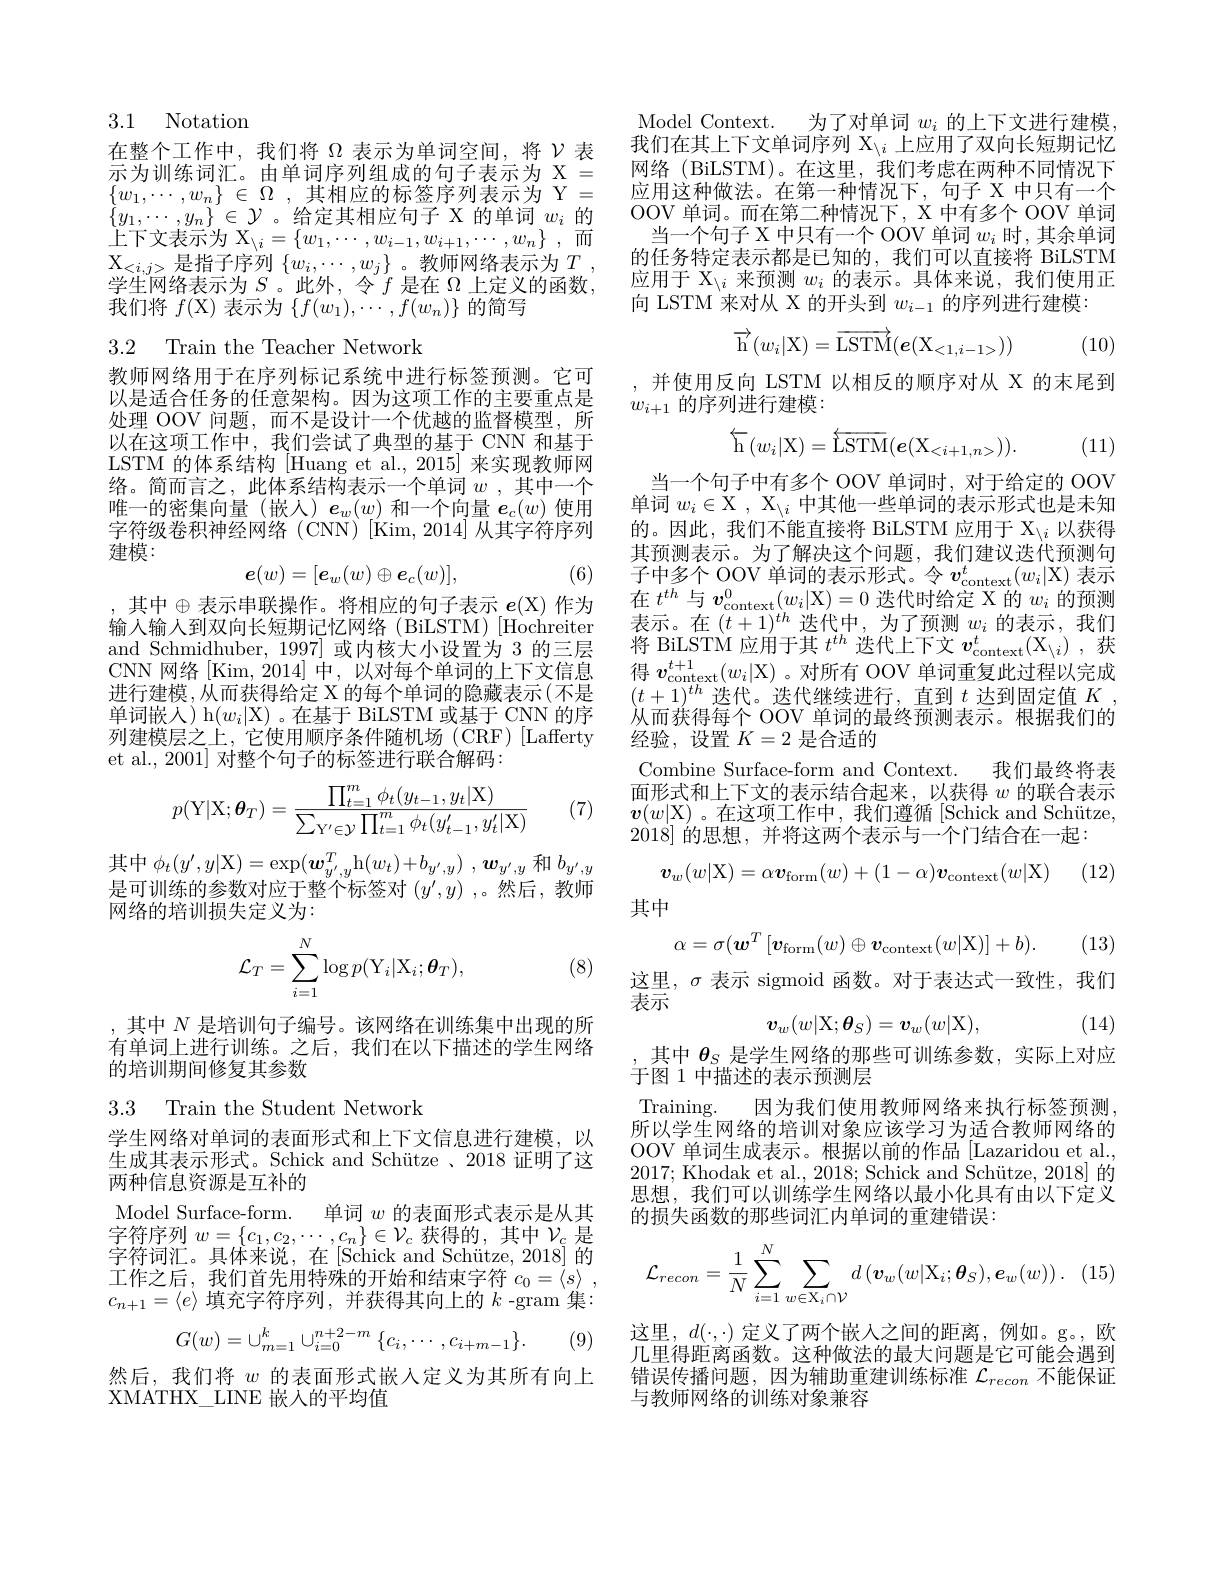
## 3.1 Notation

在整个工作中，我们将$\Omega$表示为单词空间，将$\mathcal{V}$表示为训练词汇。由单词序列组成的句子表示为 X = $\{ w_{1}, \cdots , w_{n}\}$ $\in$ $\Omega$ , 其相应的标签序列表示为 Y= $\{y_1,\cdots,y_n\}\in\mathcal{Y}$。给定其相应句子 X 的单词$w_i$的$\operatorname { \text{上 下 文 表 示 为 X}} _{\setminus i}= \{ w_{1}, \cdots , w_{i- 1}, w_{i+ 1}, \cdots , w_{n}\}$ ,而$\mathcal{X}_{<i,j>}$是指子序列$\{w_i,\cdots,w_j\}$ 。教师网络表示为$T$ 学生网络表示为$S$。此外，令$f$是在$\Omega$上定义的函数， 我们将 $f($X)表示为$\{f(w_1),\cdots,f(w_n)\}$ 的简写

3.2 Train the Teacher Network

教师网络用于在序列标记系统中进行标签预测。它可以是适合任务的任意架构。因为这项工作的主要重点是处理 OOV 问题，而不是设计一个优越的监督模型，所以在这项工作中，我们尝试了典型的基于 CNN 和基于LSTM 的体系结构[Huang et al.,2015] 来实现教师网络。简而言之，此体系结构表示一个单词$w$ ,其中一个唯一的密集向量(嵌人)$e_w(w)$和一个向量$e_c(w)$使用字符级卷积神经网络(CNN)[Kim,2014]从其字符序列建模：
$$\boldsymbol{e}(w)=[\boldsymbol{e}_w(w)\oplus\boldsymbol{e}_c(w)],$$
(6)

, 其中$\oplus$表示串联操作。将相应的句子表示 $e(\mathbb{X})$ 作为输入输人到双向长短期记忆网络(BiLSTM)[Hochreiter and Schmidhuber, 1997] 或内核大小设置为 3 的三层CNN 网络[Kim,2014]中，以对每个单词的上下文信息进行建模，从而获得给定 X 的每个单词的隐藏表示(不是单词嵌人)h$(w_i|$X)。在基于 BiLSTM 或基于 CNN 的序列建模层之上，它使用顺序条件随机场(CRF)[Lafferty] et al., 2001] 对整个句子的标签进行联合解码：
$$p(\mathrm Y|\mathrm X;\boldsymbol\theta_T)=\frac{\prod_{t=1}^m\phi_t(y_{t-1},y_t|\mathrm X)}{\sum_{Y'\in\mathcal Y}\prod_{t=1}^m\phi_t(y_{t-1}',y_t'|\mathrm X)}$$
(7)

其中$\phi_t(y^{\prime},y|\mathcal{X})=\exp(\boldsymbol{w}_{y^{\prime},y}^{T}$h$( w_t) + b_{y^{\prime }, y})$ $, \boldsymbol{w}_{y^{\prime }, y}$和$b_{y^{\prime},y}$ 是可训练的参数对应于整个标签对$(y^\prime,y)$ ,。然后，教师网络的培训损失定义为：
$$\mathcal{L}_T=\sum_{i=1}^N\log p(\mathrm{Y}_i|\mathrm{X}_i;\boldsymbol{\theta}_T),$$
(8)

,其中$N$是培训句子编号。该网络在训练集中出现的所有单词上进行训练。之后，我们在以下描述的学生网络的培训期间修复其参数

3.3 Train the Student Network

学生网络对单词的表面形式和上下文信息进行建模，以生成其表示形式。Schick and Schütze 、2018 证明了这两种信息资源是互补的
Model Surface-form. 单词$w$的表面形式表示是从其字符序列$w=\{c_1,c_2,\cdots,c_n\}\in\mathcal{V}_c$获得的，其中$\mathcal{V}_c$是字符词汇。具体来说，在[Schick and Schütze, 2018] 的工作之后，我们首先用特殊的开始和结束字符$c_0= \langle s\rangle$ , $c_{n+1}=\langle e\rangle$填充字符序列，并获得其向上的$k$ -gram 集：
$$G(w)=\cup_{m=1}^k\cup_{i=0}^{n+2-m}\{c_i,\cdots,c_{i+m-1}\}.$$
(9)

然后，我们将$w$的表面形式嵌人定义为其所有向上
XMATHX\_LINE 嵌入的平均值

Model Context. 为了对单词$w_i$的上下文进行建模我们在其上下文单词序列 X$_i$上应用了双向长短期记忆网络 (BiLSTM)。在这里，我们考虑在两种不同情况下应用这种做法。在第一种情况下，句子 X 中只有一个OOV 单词。而在第二种情况下，X 中有多个 OOV 单词
当一个句子 X 中只有一个 OOV 单词$w_i$时，其余单词的任务特定表示都是已知的，我们可以直接将 BiLSTM 应用于$\mathcal{X}_{\setminus i}$来预测$w_i$的表示。具体来说，我们使用正向 LSTM 来对从 X 的开头到$w_i-1$的序列进行建模：
$$\overrightarrow{\mathrm{h}}(w_i|\mathrm{X})=\overrightarrow{\mathrm{LSTM}}(e(\mathrm{X}_{<1,i-1>}))$$
(10)

,并使用反向 LSTM 以相反的顺序对从 X 的末尾到
$w_{i+1}$的序列进行建模：
$$\stackrel{\leftarrow}{\mathrm{h}}(w_{i}|\mathrm{X})=\stackrel{\leftarrow}{\mathrm{LSTM}}(e(\mathrm{X}_{<i+1,n>})).$$
(11)

当一个句子中有多个 OOV 单词时，对于给定的 OOV 单词$w_i\in\mathcal{X}$, X$_\setminus i$中其他一些单词的表示形式也是未知的。因此，我们不能直接将 BiLSTM 应用于$X_{\setminus i}$以获得其预测表示。为了解决这个问题，我们建议迭代预测句子中多个 OOV 单词的表示形式。令$v_\mathrm{context}^t( w_i| \mathcal{X} )$表示在$t^{th}$与$v_\mathrm{context}^0(w_i|$X)=0迭代时给定 X 的$w_i$的预测表示。在$(t+1)^{th}$迭代中，为了预测$w_i$的表示，我们将 BiLSTM 应用于其$t^th$迭代上下文$v_\mathrm{context}^t(\mathcal{X}_{\setminus i})$,获得$v_\mathrm{context}^{t+ 1}( w_i| \mathcal{X} )$ 。对所有 OOV 单词重复此过程以完成$(t+1)^{th}$迭代。迭代继续进行，直到$t$达到固定值$K$ , 从而获得每个 OOV 单词的最终预测表示。根据我们的经验，设置$K=2$是合适的
Combine Surface-form and Context. 我们最终将表

面形式和上下文的表示结合起来，以获得$w$的联合表示

$\boldsymbol{v}(w|\mathcal{X})$ 。在这项工作中，我们遵循[Schick and Schütze,
2018]的思想，并将这两个表示与一个门结合在一起：

(12)
$$\boldsymbol{v}_w(w|\mathrm{X})=\alpha\boldsymbol{v}_\mathrm{form}(w)+(1-\alpha)\boldsymbol{v}_\mathrm{context}(w|\mathrm{X})$$
其中

(13)
$$\alpha=\sigma(\boldsymbol{w}^T\left[\boldsymbol{v}_\mathrm{form}(w)\oplus\boldsymbol{v}_\mathrm{context}(w|\mathrm{X})\right]+b).$$
这里，$\sigma$表示 sigmoid 函数。对于表达式一致性，我们
$\widetilde{\text{表示}}$
$$v_w(w|\mathrm{X};\boldsymbol{\theta}_S)=\boldsymbol{v}_w(w|\mathrm{X}),$$
(14)

其中$\theta_S$是学生网络的那些可训练参数，实际上对应
于图 1 中描述的表示预测层

Training.
因为我们使用教师网络来执行标签预测
所以学生网络的培训对象应该学习为适合教师网络的OOV 单词生成表示。根据以前的作品 [Lazaridou et al., 2017; Khodak et al., 2018; Schick and Schütze, 2018] 的思想，我们可以训练学生网络以最小化具有由以下定义的损失函数的那些词汇内单词的重建错误：
$$\mathcal{L}_{recon}=\frac{1}{N}\sum_{i=1}^{N}\sum_{w\in\mathrm{X}_{i}\cap\mathcal{V}}d\left(\boldsymbol{v}_{w}(w|\mathrm{X}_{i};\boldsymbol{\theta}_{S}),\boldsymbol{e}_{w}(w)\right).$$
这里，$d(\cdot,\cdot)$定义了两个嵌入之间的距离，例如。g。,欧几里得距离函数。这种做法的最大问题是它可能会遇到错误传播问题，因为辅助重建训练标准$\mathcal{L}_{recon}$不能保证与教师网络的训练对象兼容